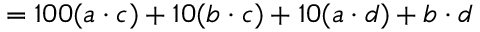
= 1 0 0 ( a \cdot c ) + 1 0 ( b \cdot c ) + 1 0 ( a \cdot d ) + b \cdot d